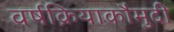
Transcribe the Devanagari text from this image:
वर्षक्रियाकौमुदी